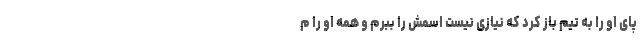
پای او را به تیم باز کرد که نیازی نیست اسمش را ببرم و همه او را م